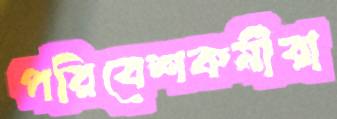
পরিবেশকর্মীরা